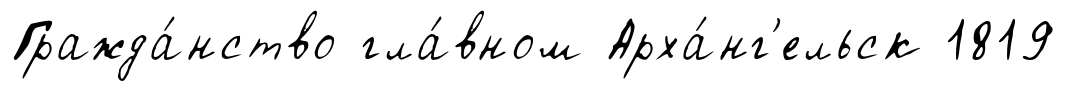
Гражда́нство гла́вном Арха́нг'ельск 1819